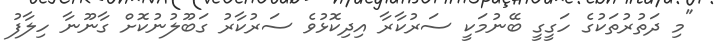
"މި ދަތުރުތަކުގެ ހަގީގީ ބޭނުމަކީ ސަރުކާރާ އިދިކޮޅުވެ ސަރުކާރު ގަބޫލުނުކޮށް ގާނޫނާ ހިލާފު